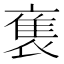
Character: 𬡡